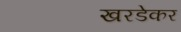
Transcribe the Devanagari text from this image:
खरडेकर